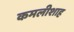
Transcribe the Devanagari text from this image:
कमलीशाह